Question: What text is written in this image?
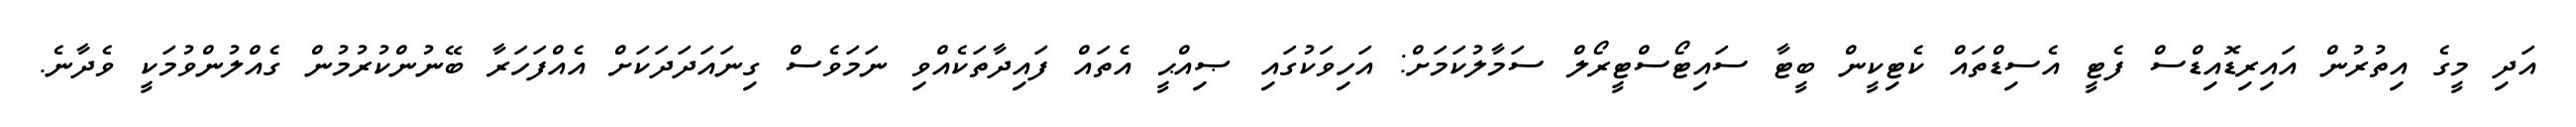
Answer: އަދި މީގެ އިތުރުން އައިރިޑޮއިޑްސް ފެޓީ އެސިޑްތައް ކެޓިކީން ބީޓާ ސައިޓޯސްޓީރޯލް ސަމާލުކަމަށް: އަހިވަކުގައި ޞިއްޙީ އެތައް ފައިދާތަކެއްވި ނަމަވެސް ގިނައަދަދަކަށް އެއްފަހަރާ ބޭނުންކުރުމުން ގެއްލުންވުމަކީ ވެދާނެ.